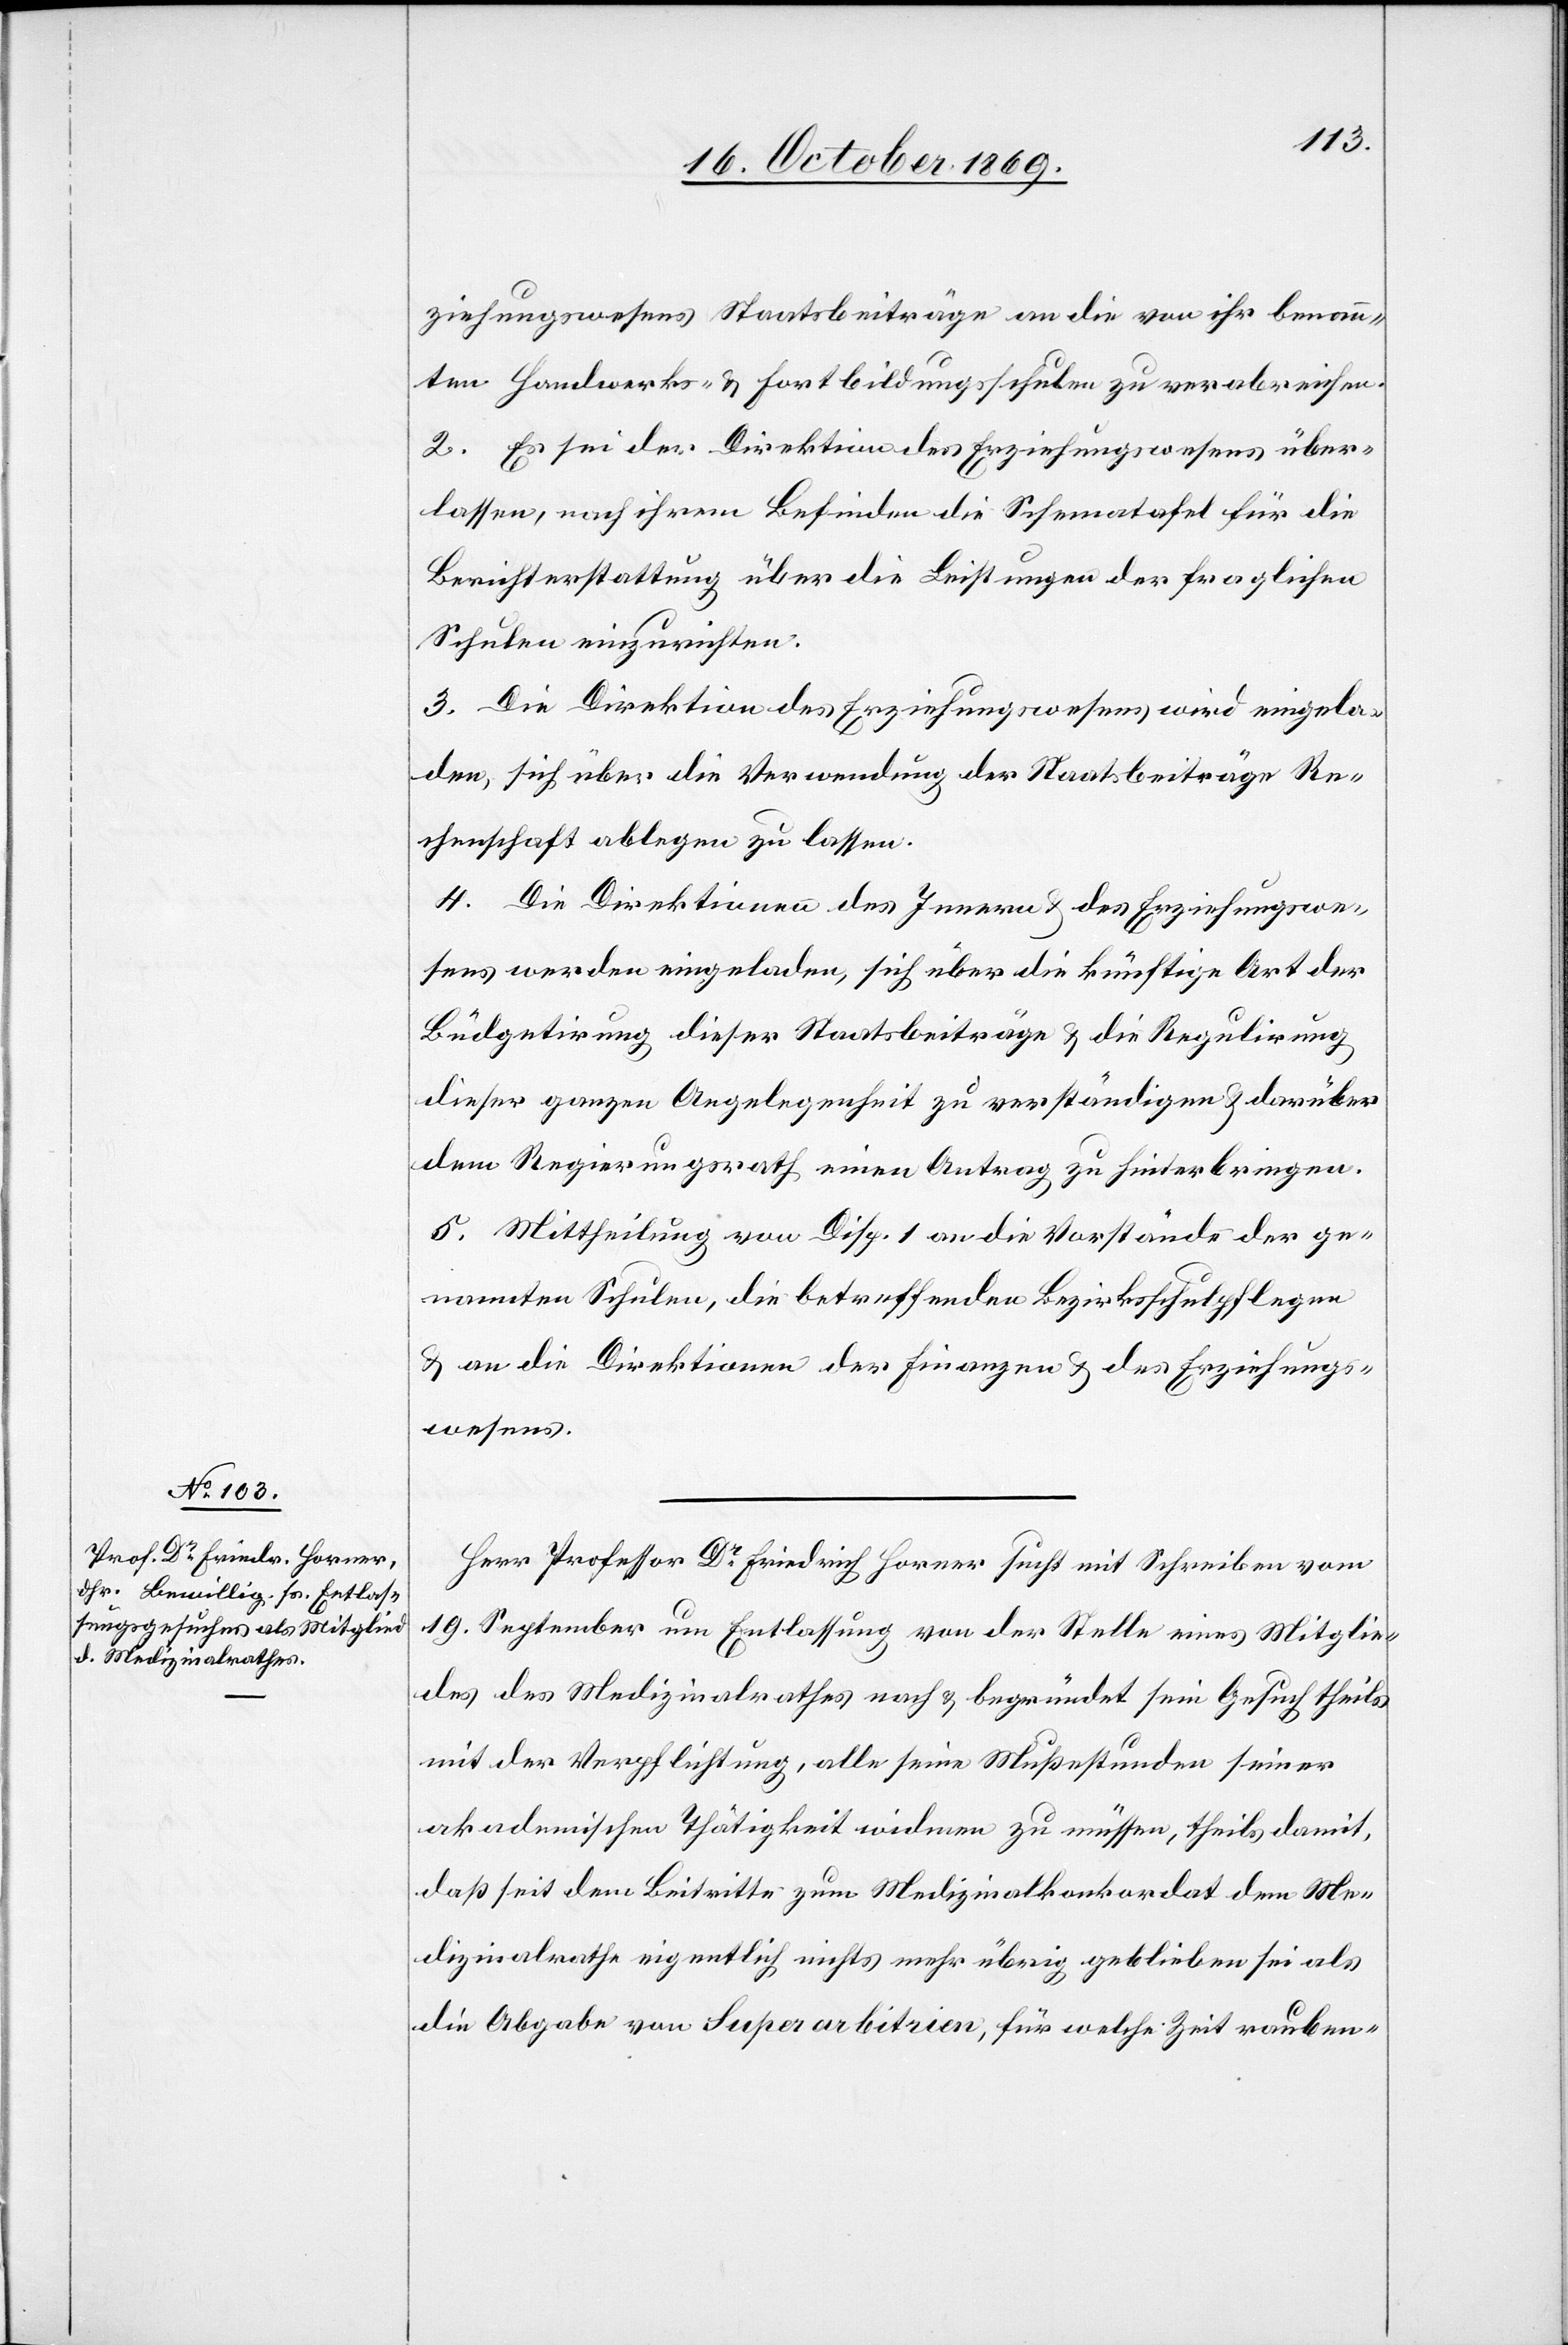
ziehungswesens Staatsbeiträge an die von ihr benan¬
nten Handwerks- & Fortbildungsschulen zu verabreichen.
2. Es sei der Direktion des Erziehungswesens über¬
lassen, nach ihrem Befinden die Schematafel für die
Berichterstattung über die Leistungen der fraglichen
Schulen einzurichten.
3. Die Direktion des Erziehungswesens wird eingela¬
den, sich über die Verwendung der Staatsbeiträge Re¬
chenschaft ablegen zu lassen.
4. Die Direktionen des Innern & des Erziehungswe¬
sens werden eingeladen, sich über die künftige Art der
Büdgetirung dieser Staatsbeiträge & die Regulirung
dieser ganzen Angelegenheit zu verständigen & darüber
dem Regierungsrath einen Antrag zu hinterbringen.
5. Mittheilung von Disp. 1 an die Vorstände der ge¬
nannten Schulen, die betreffenden Bezirksschulpflegen
& an die Direktionen der Finanzen & des Erziehungs¬
wesens.
Herr Professor Dr Friedrich Horner sucht mit Schreiben vom
19. September um Entlassung von der Stelle eines Mitglie¬
des des Medizinalrathes nach & begründet sein Gesuch theils
mit der Verpflichtung, alle seine Mußestunden seiner
akademischen Thätigkeit widmen zu müssen, theils damit,
daß seit dem Beitritte zum Medizinalkonkordat dem Me¬
dizinalrathe eigentlich nichts mehr übrig geblieben sei als
die Abgabe von Superarbitrien, für welche Zeit rauben-